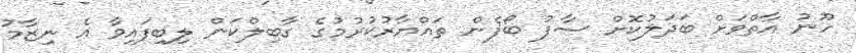
ހޫނު އާތްވަށް ބަދަލުކޮށް ސާފު ބޯފެން ތައްޔާރުކުރުމުގެ ގާބިލްކަން ލިބިފައިވާ އެ ނިޒާމު